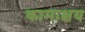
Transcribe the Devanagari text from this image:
कामाक्षय